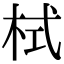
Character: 栻